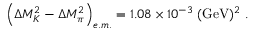
\left( \Delta M _ { K } ^ { 2 } - \Delta M _ { \pi } ^ { 2 } \right) _ { e . m . } = 1 . 0 8 \times 1 0 ^ { - 3 } \; ( \mathrm { G e V } ) ^ { 2 } \; .